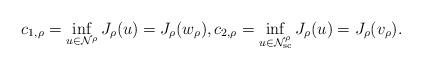
LaTeX: \begin{align*}c_{1, \rho}=\inf_{u\in {\mathcal N}^\rho} J_\rho (u)=J_\rho(w_{\rho}),c_{2, \rho}=\inf_{u\in {\mathcal N}^\rho_{\rm sc}} J_\rho(u)=J_\rho(v_\rho).\end{align*}